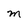
Character: M